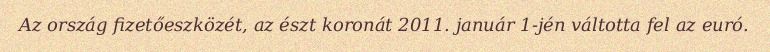
Az ország fizetőeszközét, az észt koronát 2011. január 1-jén váltotta fel az euró.